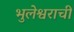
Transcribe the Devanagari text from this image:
भुलेश्वराची